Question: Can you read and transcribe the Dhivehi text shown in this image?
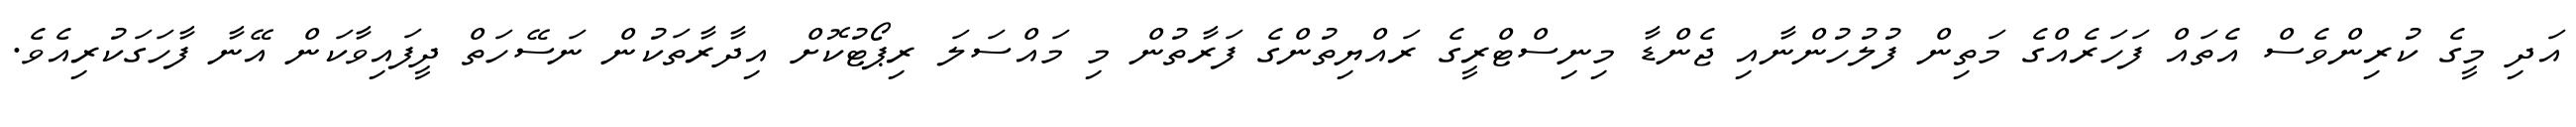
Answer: އަދި މީގެ ކުރިންވެސް އެތައް ފަހަރެއްގެ މަތިން ފުލުހުންނާއި ޖެންޑާ މިނިސްޓްރީގެ ރައްޔިތުންގެ ފަރާތުން މި މައްސަލަ ރިޕޯޓުކޮށް އިދާރާތަކުން ނަސޭހަތް ދީފައިވާކަން އޭނާ ފާހަގަކުރިއެވެ.